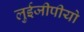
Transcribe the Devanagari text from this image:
लुईजीपीयो